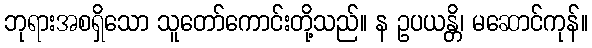
ဘုရားအစရှိသော သူတော်ကောင်းတို့သည်။ န ဥပယန္တိ၊ မဆောင်ကုန်။